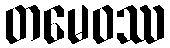
တမေဝဿ